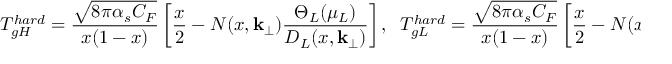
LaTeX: T _ { g H } ^ { h a r d } = { \frac { \sqrt { 8 \pi \alpha _ { s } C _ { F } } } { x ( 1 - x ) } } \left[ { \frac { x } { 2 } } - N ( x , { \bf k } _ { \perp } ) { \frac { \Theta _ { L } ( \mu _ { L } ) } { D _ { L } ( x , { \bf k } _ { \perp } ) } } \right] , \; \; T _ { g L } ^ { h a r d } = { \frac { \sqrt { 8 \pi \alpha _ { s } C _ { F } } } { x ( 1 - x ) } } \left[ { \frac { x } { 2 } } - N ( x , { \bf k } _ { \perp } ) { \frac { \Theta _ { H } ( \mu _ { H } ) } { D _ { H } ( x , { \bf k } _ { \perp } ) } } \right] .